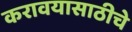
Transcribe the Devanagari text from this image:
करावयासाठीचे